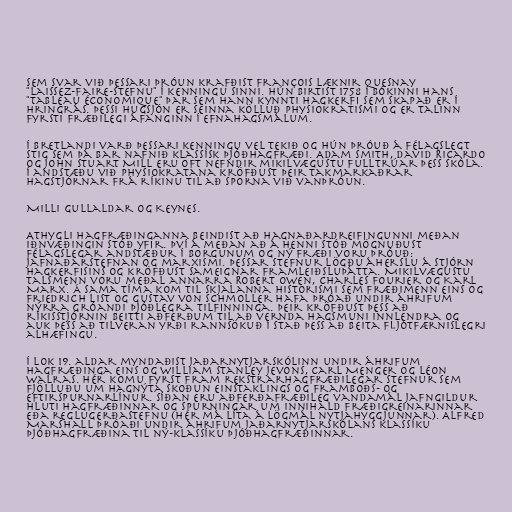
Sem svar við þessari þróun krafðist François læknir Quesnay
"laissez-faire-stefnu" í kenningu sinni. Hún birtist 1758 í bókinni hans
"Tableau économique" þar sem hann kynnti hagkerfi sem skapað er í
hringrás. Þessi hugsjón er seinna kölluð physiokratismi og er talinn
fyrsti fræðilegi áfanginn í efnahagsmálum.

Í Bretlandi varð þessari kenningu vel tekið og hún þróuð á félagslegt
stig sem þá bar nafnið klassísk þjóðhagfræði. Adam Smith, David Ricardo
og John Stuart Mill eru oft nefndir mikilvægustu fulltrúar þess skóla.
Í andstæðu við physiokratana kröfðust þeir takmarkaðrar
hagstjórnar frá ríkinu til að sporna við vanþróun.

Milli gullaldar og Keynes.

Athygli hagfræðinganna beindist að hagnaðardreifingunni meðan
iðnvæðingin stóð yfir. Því á meðan að á henni stóð mögnuðust
félagslegar andstæður í borgunum og ný fræði voru þróuð:
jafnaðarstefnan og marxismi. Þessar stefnur lögðu áherslu á stjórn
hagkerfisins og kröfðust sameignar framleiðsluþátta. Mikilvægustu
talsmenn voru meðal annarra Robert Owen, Charles Fourier og Karl
Marx. Á sama tíma kom til skjalanna historismi sem fræðimenn eins og
Friedrich List og Gustav von Schmoller hafa þróað undir áhrifum
nýrra gróandi þjóðlegra tilfinninga. Þeir kröfðust þess að
ríkisstjórnin beitti aðferðum til að vernda hagsmuni innlendra og
auk þess að tilveran yrði rannsökuð í stað þess að beita fljótfærnislegri
alhæfingu.

í lok 19. aldar myndaðist jaðarnytjarskólinn undir áhrifum
hagfræðinga eins og William Stanley Jevons, Carl Menger og Léon
Walras. Hér komu fyrst fram rekstrarhagfræðilegar stefnur sem
fjölluðu um hagnýta skoðun einstaklings og framboðs- og
eftirspurnarlínur. Síðan eru aðferðafræðileg vandamál jafngildur
hluti hagfræðinnar og spurningar um innihald fræðigreinarinnar
eða reglugerðastefnu (hér má líta á lögmál nytjahyggjunnar). Alfred
Marshall þróaði undir áhrifum jaðarnytjarskólans klassíku
þjóðhagfræðina til ný-klassíku þjóðhagfræðinnar.